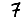
Digit: 7